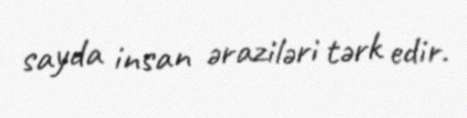
sayda insan əraziləri tərk edir.